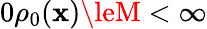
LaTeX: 0\le\rho_{0}(\mathbf{x})\leM<\infty